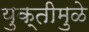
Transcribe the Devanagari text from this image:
युक्तीमुळे